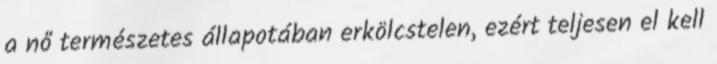
a nő természetes állapotában erkölcstelen, ezért teljesen el kell